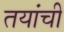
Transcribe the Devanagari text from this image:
तयांची